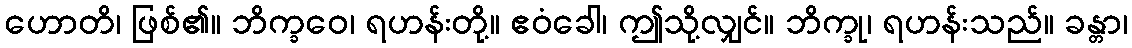
ဟောတိ၊ ဖြစ်၏။ ဘိက္ခဝေ၊ ရဟန်းတို့။ ဧဝံခေါ၊ ဤသို့လျှင်။ ဘိက္ခု၊ ရဟန်းသည်။ ခန္တာ၊